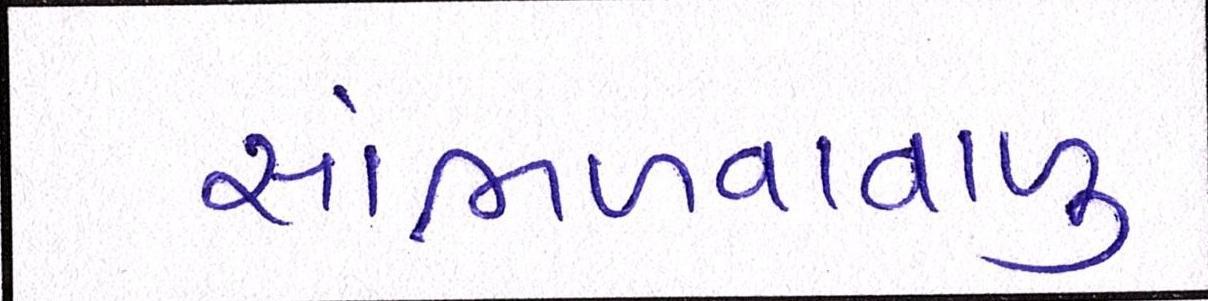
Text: સાંભળવાવાળુ